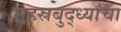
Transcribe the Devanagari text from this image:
सहस्रबुद्ध्यांचा